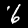
Digit: 6